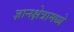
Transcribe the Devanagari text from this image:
ज्ञानक्षेत्रामध्ये